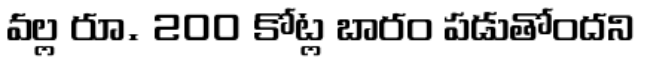
వల్ల రూ. 200 కోట్ల బారం పడుతోందని